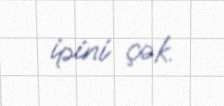
ipini çək.